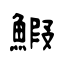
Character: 鰕